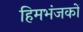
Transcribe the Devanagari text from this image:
हिमभंजकों